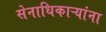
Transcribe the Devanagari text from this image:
सेनाधिकाऱ्यांना